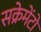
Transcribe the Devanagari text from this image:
सक्रेमेंटो